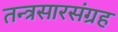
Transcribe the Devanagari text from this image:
तन्त्रसारसंग्रह